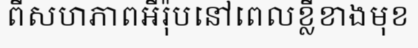
ពីសហភាពអឺរ៉ុបនៅពេលខ្លីខាងមុខ